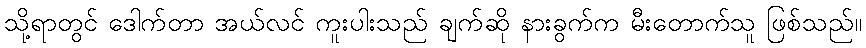
သို့ရာတွင် ဒေါက်တာ အယ်လင် ကူးပါးသည် ချက်ဆို နားခွက်က မီးတောက်သူ ဖြစ်သည်။